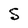
Character: S